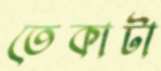
তেকাটা